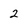
Character: 2